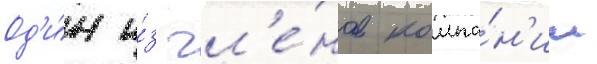
Од'и́н и́з чл'е́нов компа́н'ии